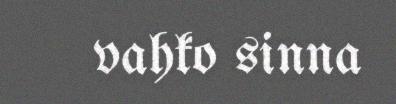
vahko sinna